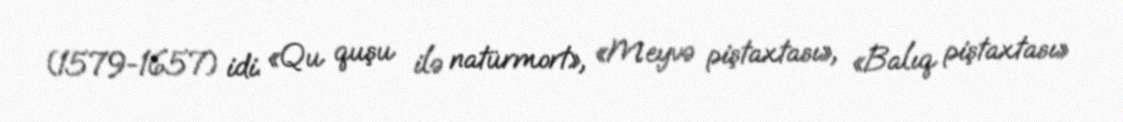
(1579-1657) idi. «Qu quşu ilə natürmort», «Meyvə piştaxtası», «Balıq piştaxtası»